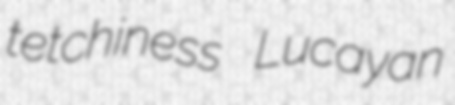
tetchiness Lucayan